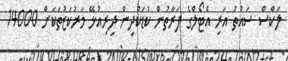
ލަކްސް ސައުތު އަރި އެޓޯލްގެ ފަރާތުން ކުޑަކުދިން ދިރިއުޅޭ މަރުކަޒުތަކަށް 14000